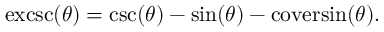
\operatorname { e x c s c } ( \theta ) = \csc ( \theta ) - \sin ( \theta ) - \operatorname { c o v e r s i n } ( \theta ) .